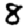
Digit: 8